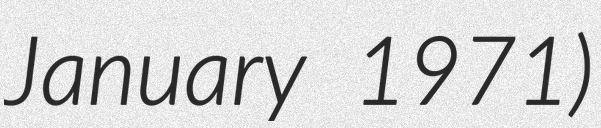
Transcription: January 1971)